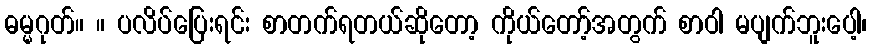
ဓမ္မဂုတ်။ ။ ပလိပ်ပြေးရင်း စာတက်ရတယ်ဆိုတော့ ကိုယ်တော့်အတွက် စာဝါ မပျက်ဘူးပေါ့၊